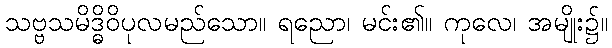
သဗ္ဗသမိဒ္ဓိဝိပုလမည်သော။ ရညော၊ မင်း၏။ ကုလေ၊ အမျိုး၌။